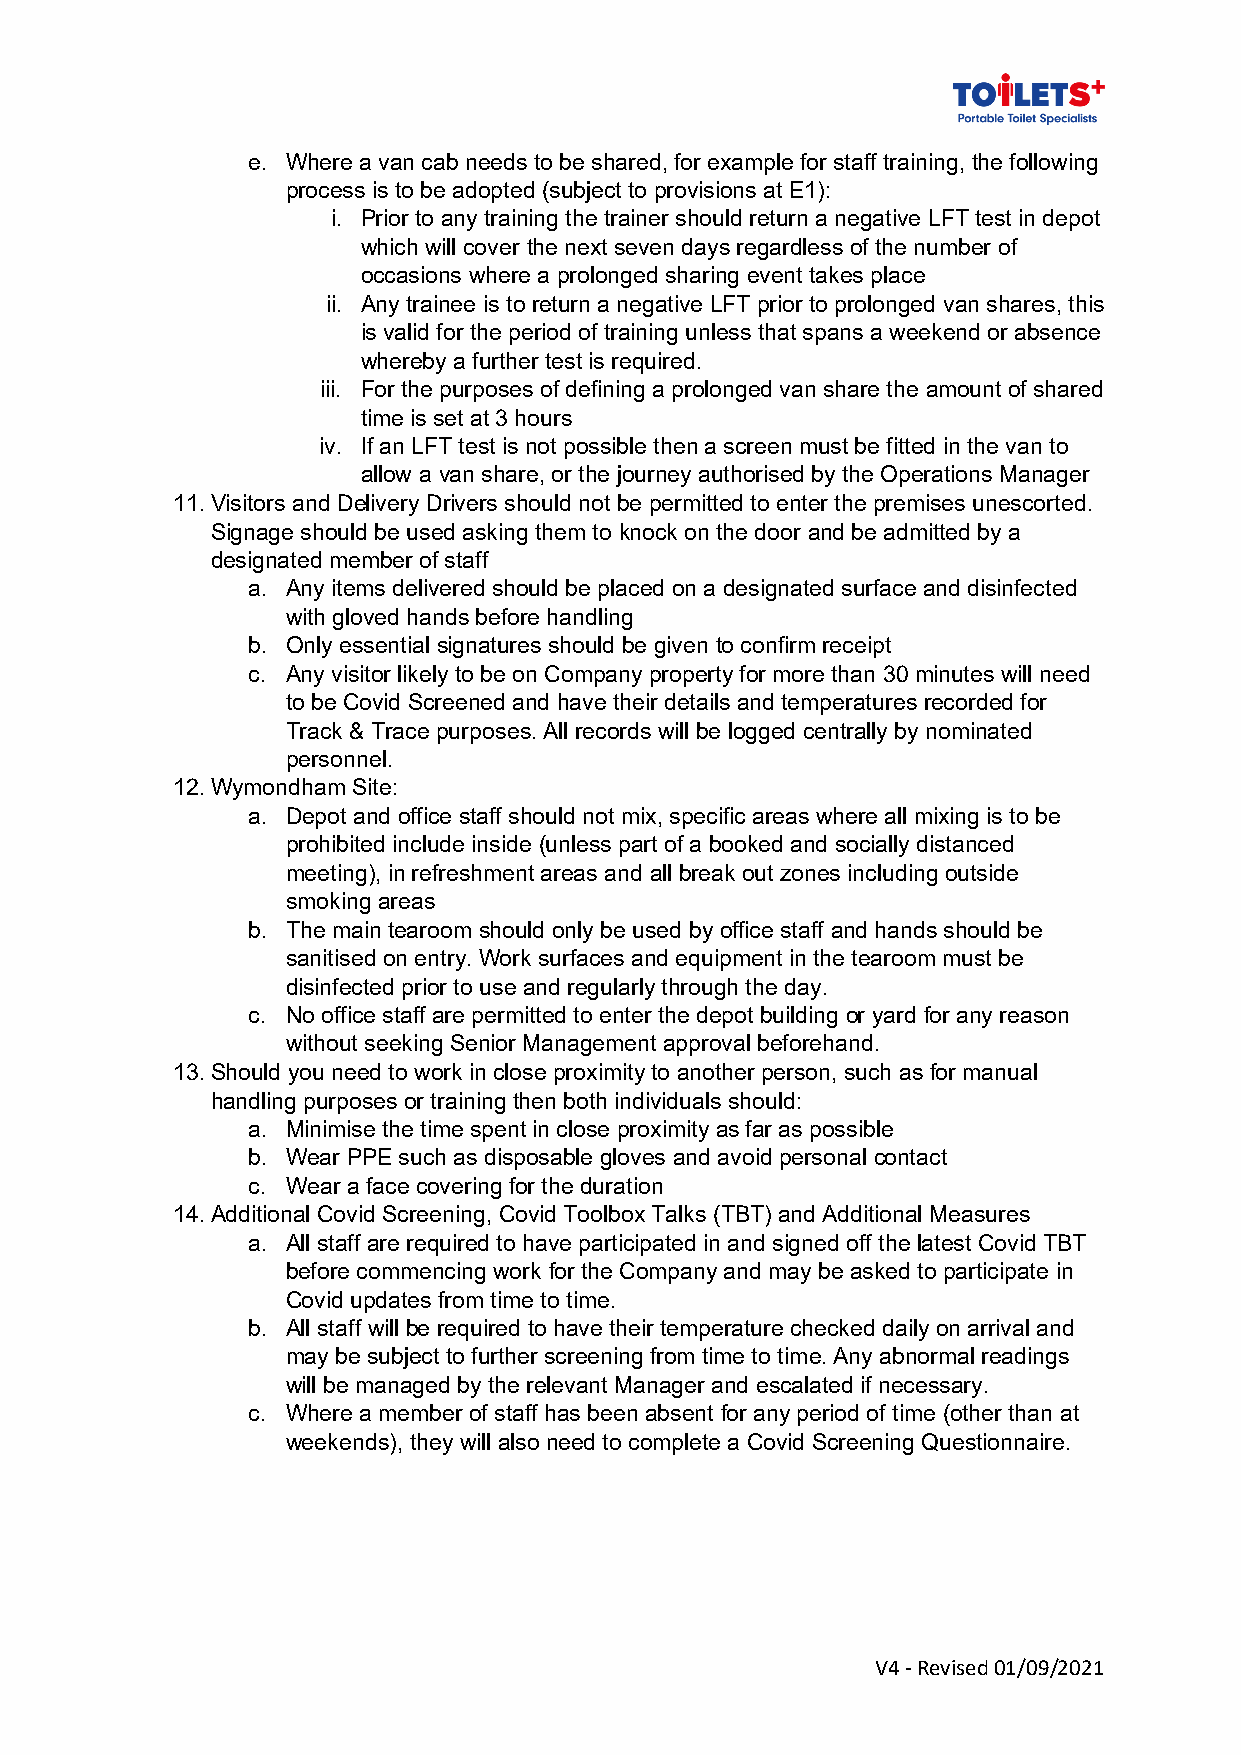
e. Where a van cab needs to be shared, for example for staff training, the following
 process is to be adopted (subject to provisions at E1):
 i. Prior to any training the trainer should return a negative LFT test in depot
 which will cover the next seven days regardless of the number of
 occasions where a prolonged sharing event takes place
 ii. Any trainee is to return a negative LFT prior to prolonged van shares, this
 is valid for the period of training unless that spans a weekend or absence
 whereby a further test is required.
 iii. For the purposes of defining a prolonged van share the amount of shared
 time is set at 3 hours
 iv. If an LFT test is not possible then a screen must be fitted in the van to
 allow a van share, or the journey authorised by the Operations Manager
 11. Visitors and Delivery Drivers should not be permitted to enter the premises unescorted.
 Signage should be used asking them to knock on the door and be admitted by a
 designated member of staff
 a. Any items delivered should be placed on a designated surface and disinfected
 with gloved hands before handling
 b. Only essential signatures should be given to confirm receipt
 c. Any visitor likely to be on Company property for more than 30 minutes will need
 to be Covid Screened and have their details and temperatures recorded for
 Track & Trace purposes. All records will be logged centrally by nominated
 personnel.
 12. Wymondham Site:
 a. Depot and office staff should not mix, specific areas where all mixing is to be
 prohibited include inside (unless part of a booked and socially distanced
 meeting), in refreshment areas and all break out zones including outside
 smoking areas
 b. The main tearoom should only be used by office staff and hands should be
 sanitised on entry. Work surfaces and equipment in the tearoom must be
 disinfected prior to use and regularly through the day.
 c. No office staff are permitted to enter the depot building or yard for any reason
 without seeking Senior Management approval beforehand.
 13. Should you need to work in close proximity to another person, such as for manual
 handling purposes or training then both individuals should:
 a. Minimise the time spent in close proximity as far as possible
 b. Wear PPE such as disposable gloves and avoid personal contact
 c. Wear a face covering for the duration
 14. Additional Covid Screening, Covid Toolbox Talks (TBT) and Additional Measures
 a. All staff are required to have participated in and signed off the latest Covid TBT
 before commencing work for the Company and may be asked to participate in
 Covid updates from time to time.
 b. All staff will be required to have their temperature checked daily on arrival and
 may be subject to further screening from time to time. Any abnormal readings
 will be managed by the relevant Manager and escalated if necessary.
 c. Where a member of staff has been absent for any period of time (other than at
 weekends), they will also need to complete a Covid Screening Questionnaire.
 V4 - Revised 01/09/2021